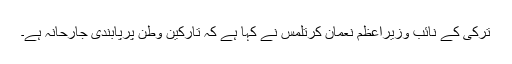
ترکی کے نائب وزیراعظم نعمان کرتلمس نے کہا ہے کہ تارکین وطن پرپابندی جارحانہ ہے۔